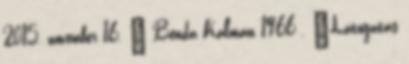
2015. november 16. ↑ Benda Kálmán 1966 . „Látogatás